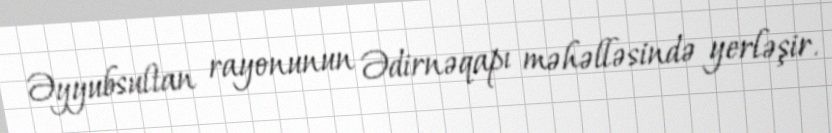
Əyyubsultan rayonunun Ədirnəqapı məhəlləsində yerləşir.